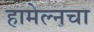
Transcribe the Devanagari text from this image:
हामेल्नचा